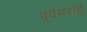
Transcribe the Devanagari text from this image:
पूर्वभराई